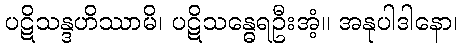
ပဋိသန္ဒဟိဿာမိ၊ ပဋိသန္ဓေရဦးအံ့။ အနုပါဒါနော၊